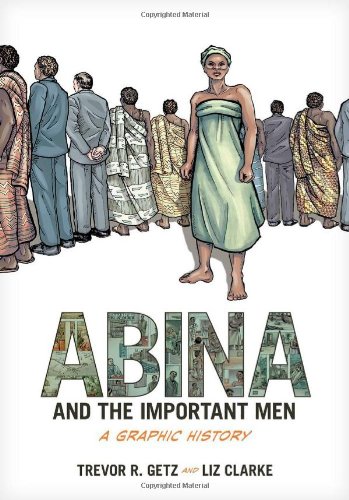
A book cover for Abina and the Important Men: A Graphic History; Trevor R. Getz; Comics & Graphic Novels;